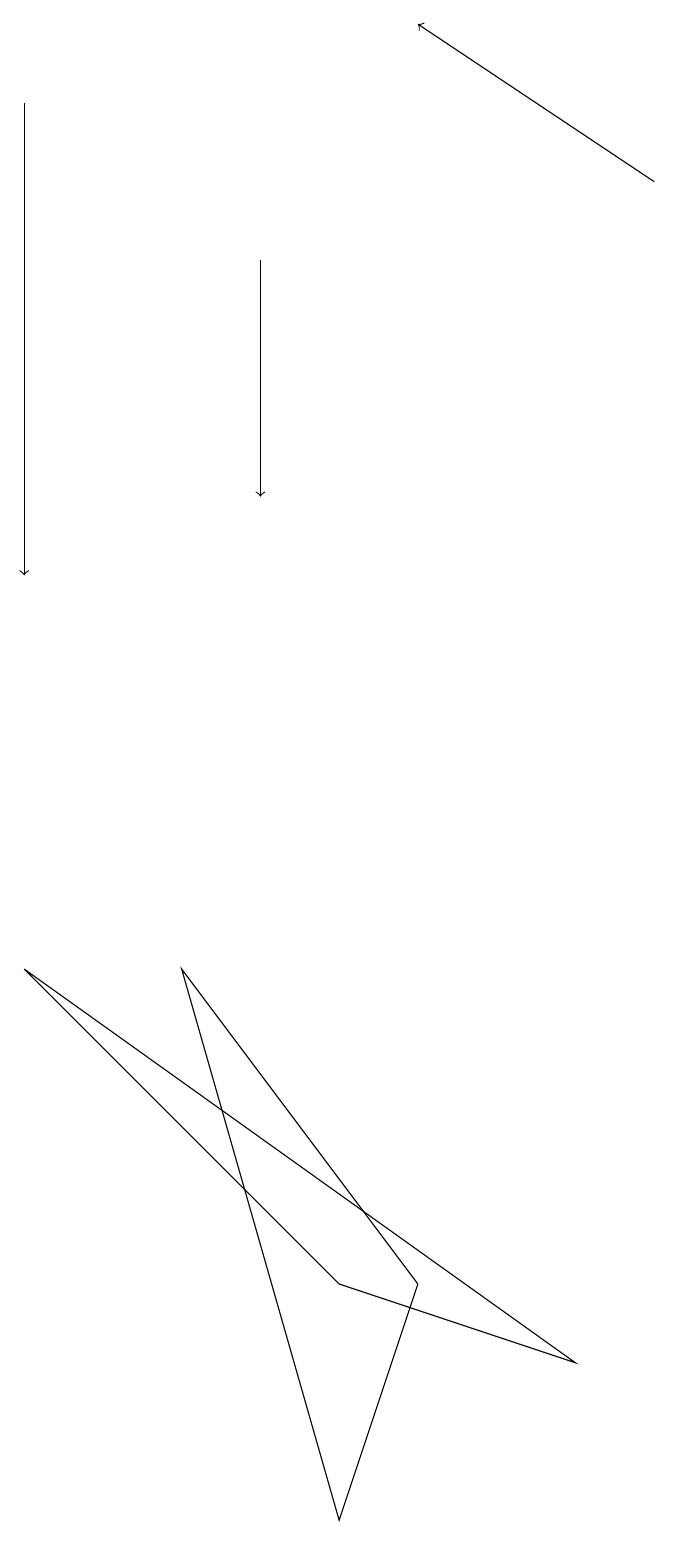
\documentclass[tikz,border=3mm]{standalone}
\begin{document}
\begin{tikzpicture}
\draw (1,7) -- (5,3) -- (8,2) -- cycle;
\draw[->] (9,17) -- (6,19);
\draw (3,7) -- (6,3) -- (5,0) -- cycle;
\draw[->] (1,18) -- (1,12);
\draw[->] (4,16) -- (4,13);
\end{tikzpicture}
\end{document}